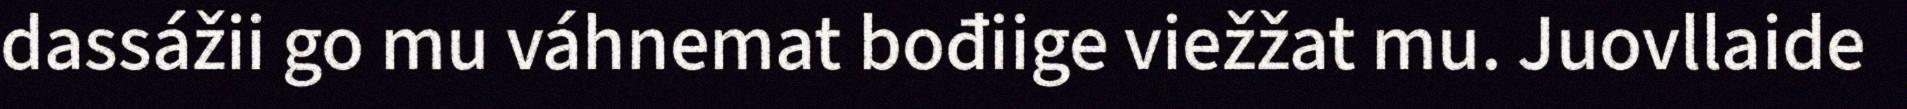
dassážii go mu váhnemat bođiige viežžat mu. Juovllaide